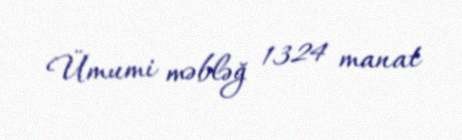
Ümumi məbləğ 1324 manat